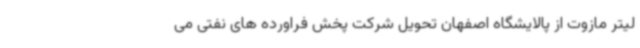
لیتر مازوت از پالایشگاه اصفهان تحویل شرکت پخش فراورده های نفتی می